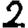
Digit: 2